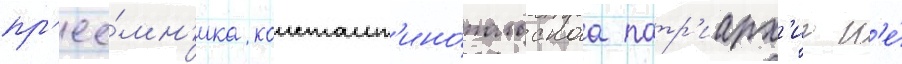
пр'ее́мн'ика констант'ино́польскаа патр'иарх'иа н'е́